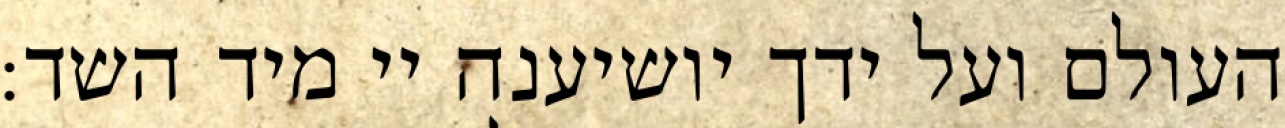
העולם ועל ידך יושיענה יי מיד השד: